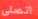
اتصلى